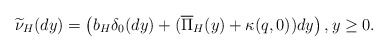
\begin{align*}\widetilde{\nu}_{H}(dy)=\left(b_{H}\delta_{0}(dy)+(\overline{\Pi}_{H}(y)+\kappa(q,0))dy\right),y\geq 0.\end{align*}